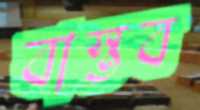
বাস্তব